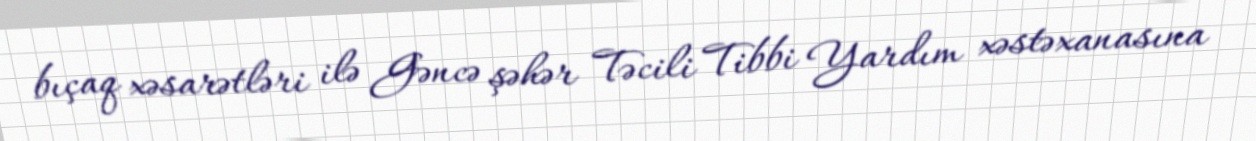
bıçaq xəsarətləri ilə Gəncə şəhər Təcili Tibbi Yardım xəstəxanasına